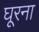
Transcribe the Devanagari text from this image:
घूरना